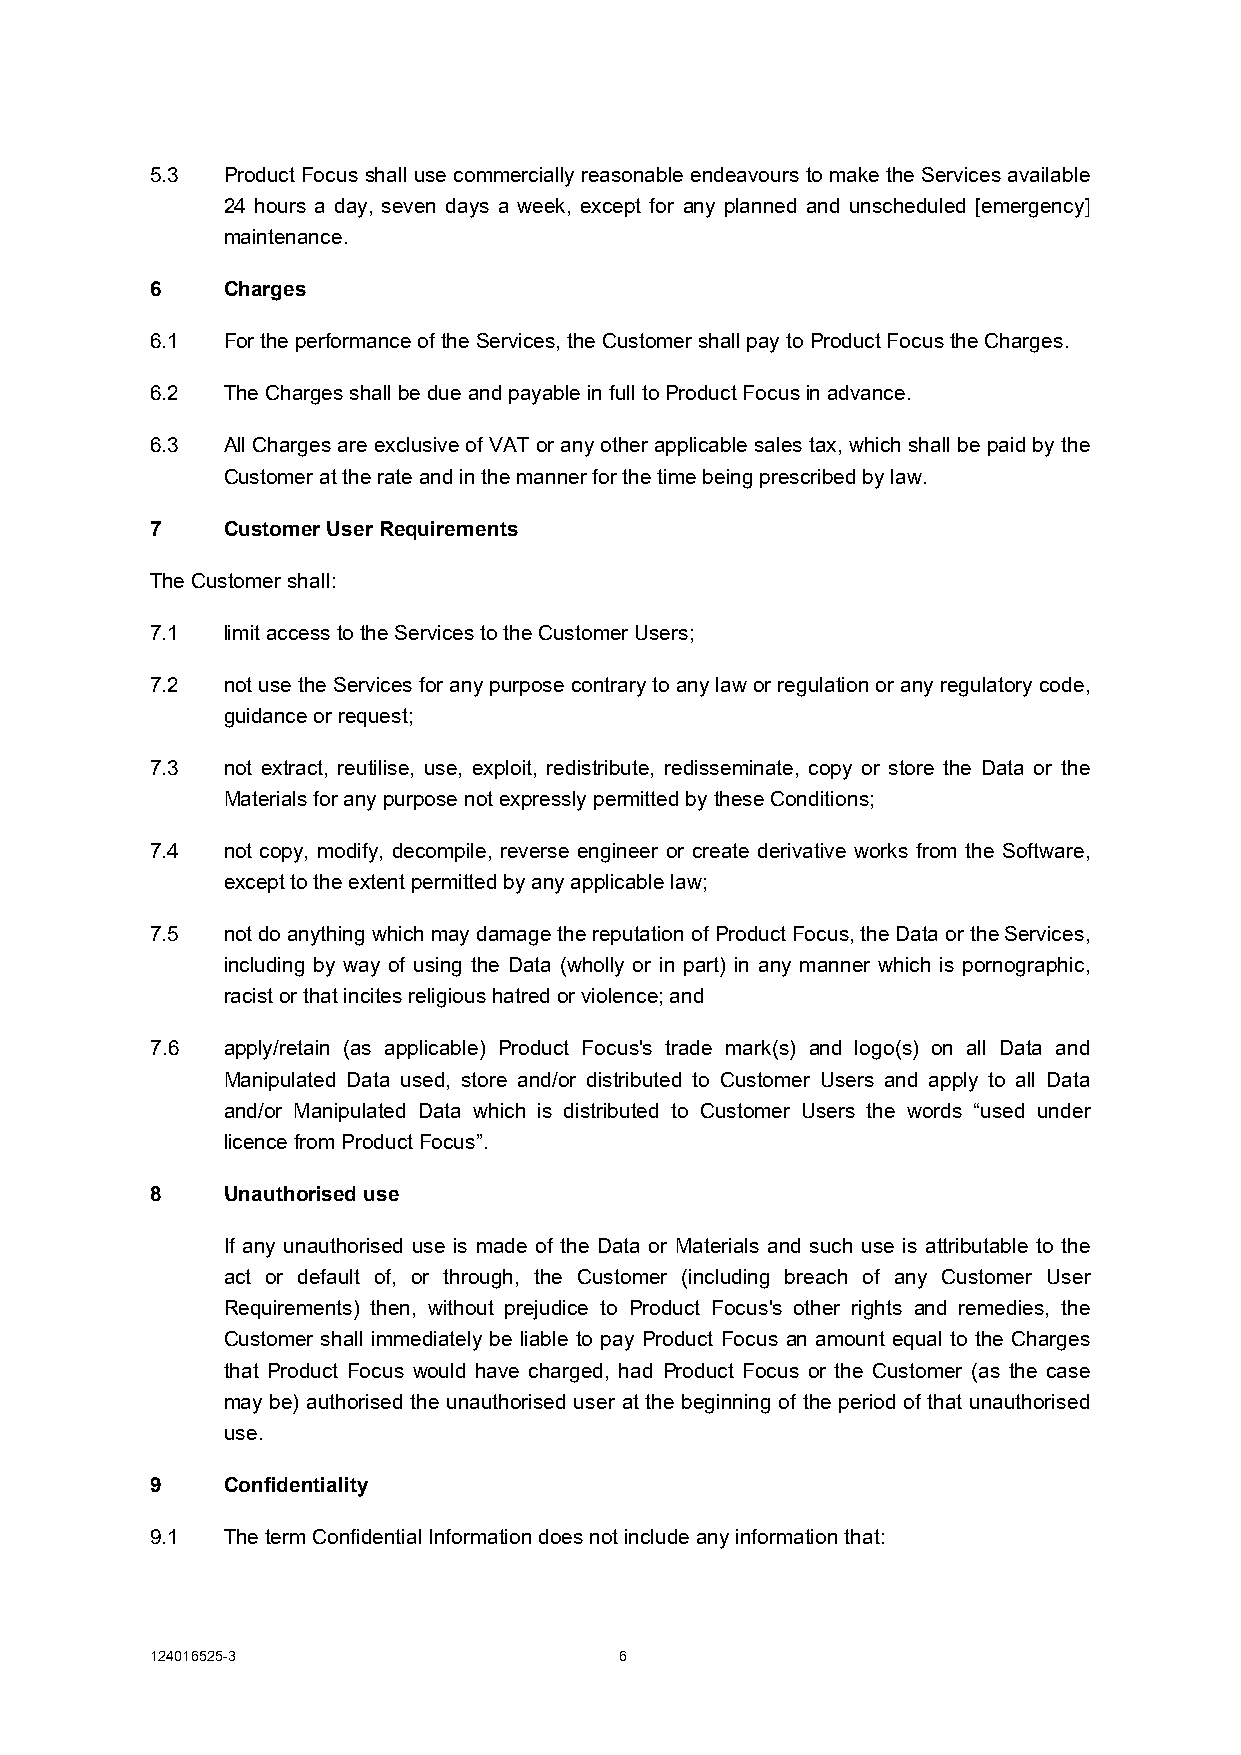
5.3  Product Focus shall use commercially reasonable endeavours to make the Services available
 24 hours a day, seven days a week, except for any planned and unscheduled [emergency]
 maintenance.
 6    Charges
 6.1  For the performance of the Services, the Customer shall pay to Product Focus the Charges.
 6.2  The Charges shall be due and payable in full to Product Focus in advance.
 6.3  All Charges are exclusive of VAT or any other applicable sales tax, which shall be paid by the
 Customer at the rate and in the manner for the time being prescribed by law.
 7    Customer User Requirements
 The Customer shall:
 7.1  limit access to the Services to the Customer Users;
 7.2  not use the Services for any purpose contrary to any law or regulation or any regulatory code,
 guidance or request;
 7.3  not extract, reutilise, use, exploit, redistribute, redisseminate, copy or store the Data or the
 Materials for any purpose not expressly permitted by these Conditions;
 7.4  not copy, modify, decompile, reverse engineer or create derivative works from the Software,
 except to the extent permitted by any applicable law;
 7.5  not do anything which may damage the reputation of Product Focus, the Data or the Services,
 including by way of using the Data (wholly or in part) in any manner which is pornographic,
 racist or that incites religious hatred or violence; and
 7.6  apply/retain (as applicable) Product Focus's trade mark(s) and logo(s) on all Data and
 Manipulated Data used, store and/or distributed to Customer Users and apply to all Data
 and/or Manipulated Data which is distributed to Customer Users the words “used under
 licence from Product Focus”.
 8    Unauthorised use
 If any unauthorised use is made of the Data or Materials and such use is attributable to the
 act or default of, or through, the Customer (including breach of any Customer User
 Requirements) then, without prejudice to Product Focus's other rights and remedies, the
 Customer shall immediately be liable to pay Product Focus an amount equal to the Charges
 that Product Focus would have charged, had Product Focus or the Customer (as the case
 may be) authorised the unauthorised user at the beginning of the period of that unauthorised
 use.
 9    Confidentiality
 9.1  The term Confidential Information does not include any information that:
 124016525-3                    6